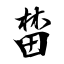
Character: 榃